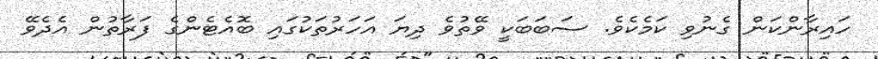
ހައިރާންކަން ގެނުވި ކަމެކެވެ. ސަބަބަކީ ވޭތުވެ ދިޔަ އަހަރުތަކުގައި ބޮއެޓެންގެ ފަރާތުން އެދެވޭ